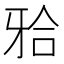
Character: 𬌗